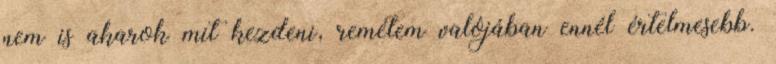
nem is akarok mit kezdeni, remélem valójában ennél értelmesebb.